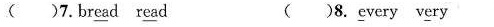
( )7.br\underline{ea}d r\underline{ea}d ( )8.\underline{e}very v\underline{e}ry